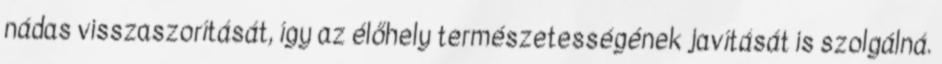
nádas visszaszorítását, így az élőhely természetességének javítását is szolgálná.